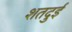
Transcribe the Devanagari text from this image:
शतदुई